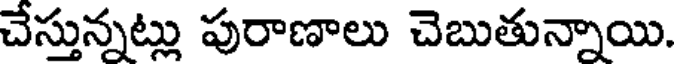
చేస్తున్నట్లు పురాణాలు చెబుతున్నాయి.